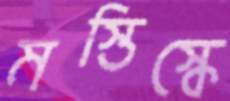
মস্তিস্কে